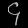
Digit: ၄